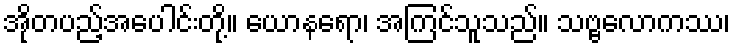
အိုတပည့်အပေါင်းတို့။ ယောနရော၊ အကြင်သူသည်။ သဗ္ဗလောကဿ၊